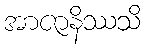
အာဇာနိဿသိ